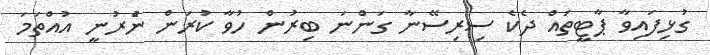
ގުޅިފައިވާ ޕާޓީތައް ދެކެ ސިރިސޭނާ ގަންނަ ބިރުން ހުވާ ކުރަން ނުެރުނީ އުއްތަމަ